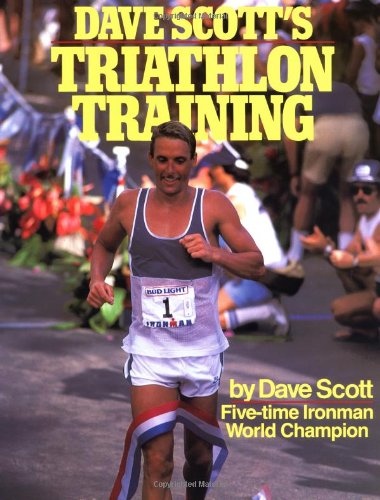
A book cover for Dave Scott's Triathlon Training; Dave Scott; Health, Fitness & Dieting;